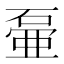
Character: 𱴕